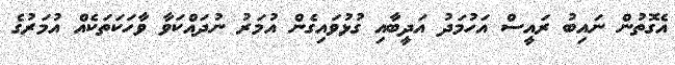
އެގޮތުން ނައިބު ރައީސް އަހުމަދު އަދީބާއި ގުޅުވައިގެން އުމަރު ނުދައްކަވާ ވާހަކަތަކެއް އުމަރުގެ